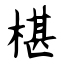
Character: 椹